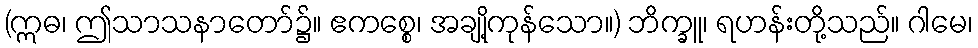
(ဣဓ၊ ဤသာသနာတော်၌။ ဧကစ္စေ၊ အချို့ကုန်သော။) ဘိက္ခူ၊ ရဟန်းတို့သည်။ ဂါမေ၊